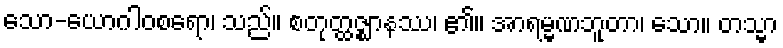
သော-ယောဂါဝစရော၊ သည်။ စတုတ္ထဇ္ဈာနဿ၊ ၏။ အာရမ္မဏဘူတာ၊ သော။ တသ္မာ